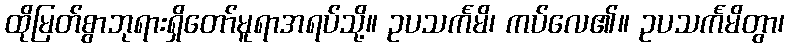
ထိုမြတ်စွာဘုရားရှိတော်မူရာအရပ်သို့။ ဥပသင်္ကမိ၊ ကပ်လေ၏။ ဥပသင်္ကမိတွာ၊